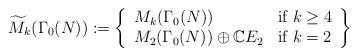
LaTeX: \begin{align*}\widetilde{M}_k (\Gamma_0(N)) := \left\{ \begin{array}{ll} M_k (\Gamma_0 (N))& \mbox{if $k \ge 4$} \\ M_2(\Gamma_0 (N)) \oplus \mathbb{C} E_2 & \mbox{if $k=2$} \end{array} \right\}\end{align*}